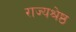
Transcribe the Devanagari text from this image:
राज्यश्रेष्ठ